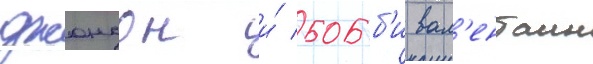
джонсон и́ бобб'и вал'ентаин